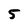
Character: 5